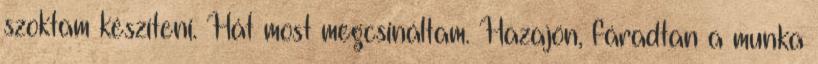
szoktam készíteni. Hát most megcsináltam. Hazajön, fáradtan a munka